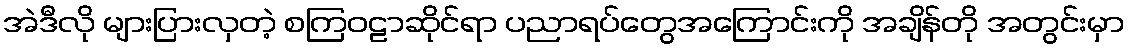
အဲဒီလို များပြားလှတဲ့ စကြဝဠာဆိုင်ရာ ပညာရပ်တွေအကြောင်းကို အချိန်တို အတွင်းမှာ